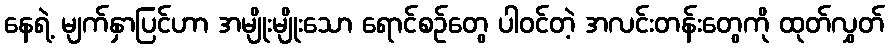
နေရဲ့ မျက်နှာပြင်ဟာ အမျိုးမျိုးသော ရောင်စဉ်တွေ ပါဝင်တဲ့ အလင်းတန်းတွေကို ထုတ်လွှတ်